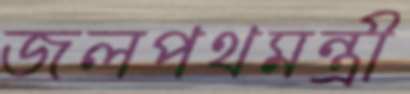
জলপথমন্ত্রী